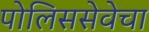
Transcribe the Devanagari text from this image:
पोलिससेवेचा